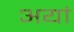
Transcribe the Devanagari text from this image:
अयां